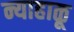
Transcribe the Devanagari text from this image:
न्याहाळू